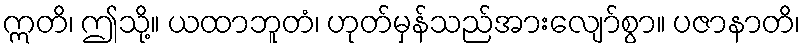
ဣတိ၊ ဤသို့။ ယထာဘူတံ၊ ဟုတ်မှန်သည်အားလျော်စွာ။ ပဇာနာတိ၊